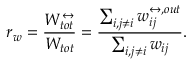
r _ { w } = \frac { W _ { t o t } ^ { \leftrightarrow } } { W _ { t o t } } = \frac { \sum _ { i , j \neq i } w _ { i j } ^ { \leftrightarrow , o u t } } { \sum _ { i , j \neq i } w _ { i j } } .